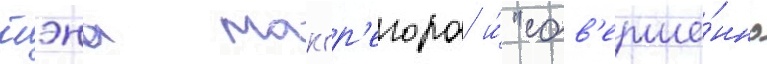
юэна макгр'егора и́ "сов'ерше́нно